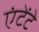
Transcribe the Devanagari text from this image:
एंटेंटे